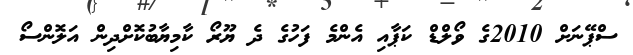
ސްޕޭނަށް 2010ގެ ވޯލްޑް ކަޕާއި އެންމެ ފަހުގެ ދެ ޔޫރޯ ކާމިޔާބުކޮށްދިން އަލޮންސޯ